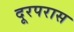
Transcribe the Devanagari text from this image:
दूरपरास